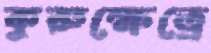
কুরুক্ষেত্রে